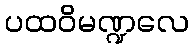
ပထဝိမဏ္ဍလေ